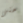
حتى